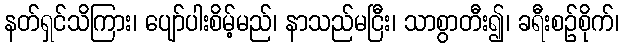
နတ်ရှင်သိကြား၊ ပျော်ပါးစိမ့်မည်၊ နာသည်မငြီး၊ သာစွာတီး၍၊ ခရီးစဉ်စိုက်၊